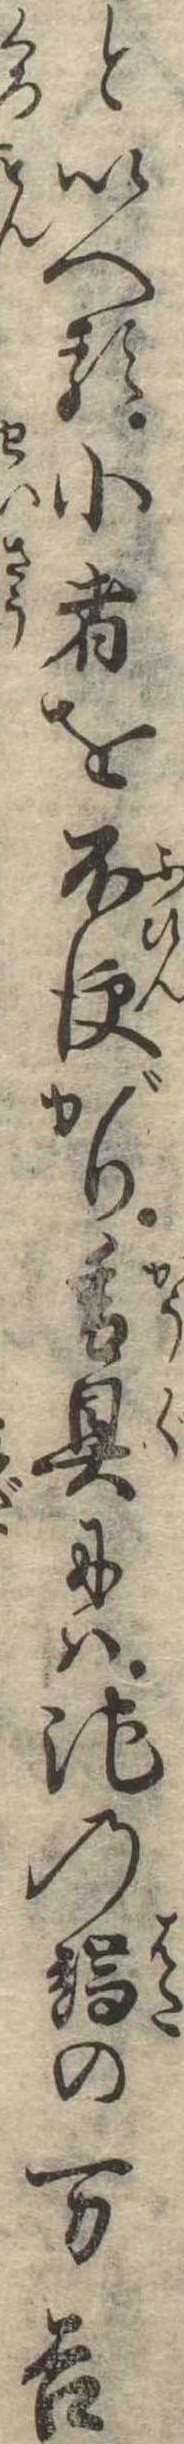
といへる小者を不便がり香具には池の端の万吉